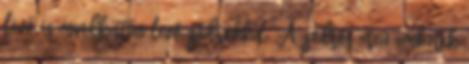
lévő és mindkettőn lévő gödrökkel. A gödrös arcú emberek